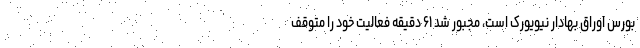
بورس اوراق بهادار نیویورک است، مجبور شد ۶۱ دقیقه فعالیت خود را متوقف